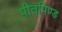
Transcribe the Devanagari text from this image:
पीतपिण्ड